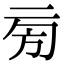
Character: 㫄